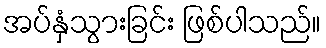
အပ်နှံသွားခြင်း ဖြစ်ပါသည်။